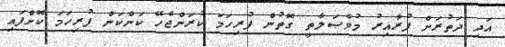
އަދި ދަތުރަށް ފުރާއިރު މުވާޞަލާތީ ގޮތުން ފުރިހަމަ ކުރަންޖެހޭ ކަންކަން ފުރިހަމަ ކޮށްފައި